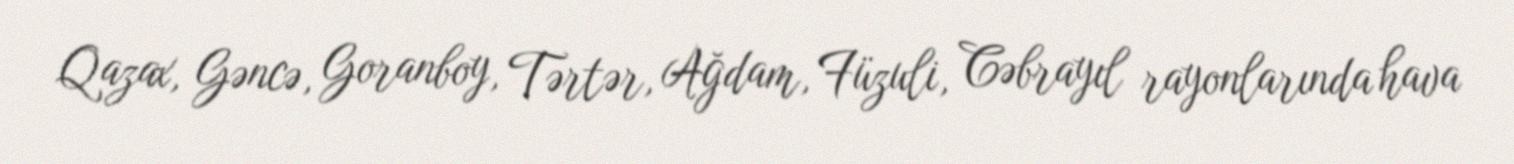
Qazax, Gəncə, Goranboy, Tərtər, Ağdam, Füzuli, Cəbrayıl rayonlarında hava